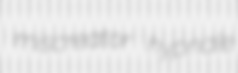
miscreator hypnale